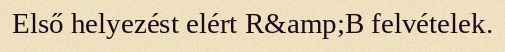
Első helyezést elért R&amp;B felvételek.